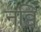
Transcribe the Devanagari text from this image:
नव्वि